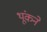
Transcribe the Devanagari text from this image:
थूंकने